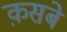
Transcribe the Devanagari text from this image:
क़सबे